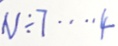
N \div 7 \cdots 4